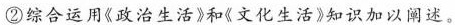
②综合运用《政治生活》和《文化生活》知识加以阐述。